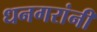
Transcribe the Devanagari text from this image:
धनगरांनी